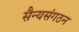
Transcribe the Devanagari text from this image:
सैन्यसंगठन